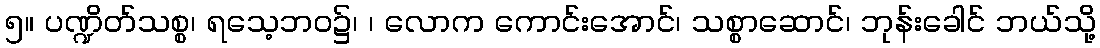
၅။ ပဏ္ဍိတ်သစ္စ၊ ရသေ့ဘဝ၌၊ ၊ လောက ကောင်းအောင်၊ သစ္စာဆောင်၊ ဘုန်းခေါင် ဘယ်သို့